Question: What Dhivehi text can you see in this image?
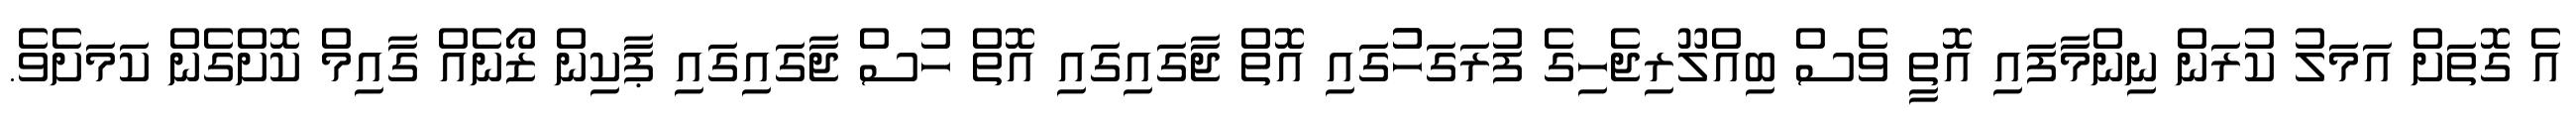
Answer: އެ ގޮތަށް އަމަލު ކުރަން ނިންމާފައި އޮތީ ވެސް ބިއްލޫރިޖެހިގެ ފުރަގަހުުގައި އޮތް ޖާގައިގައި އޮތް ހުސް ޖާގައިގައި ޕާކިން ޒޯނެއް ގާއިމް ކޮށްގެން ކަމަށެވެ.